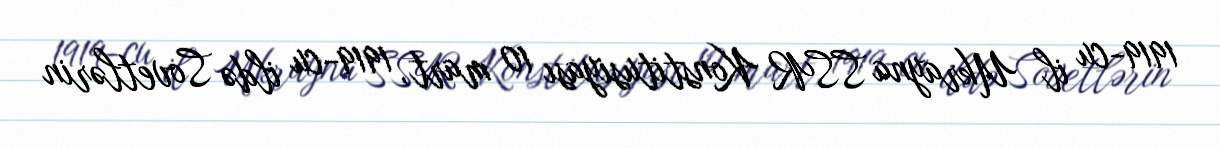
1919-cu il Ukrayna SSR Konstitusiyası 10 mart, 1919-cu ildə Sovetlərin